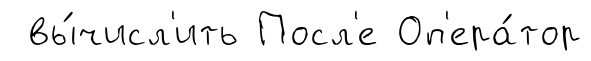
вы́числ'ить Посл'е Оп'ера́тор